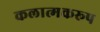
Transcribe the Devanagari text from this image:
कलात्मकरूप